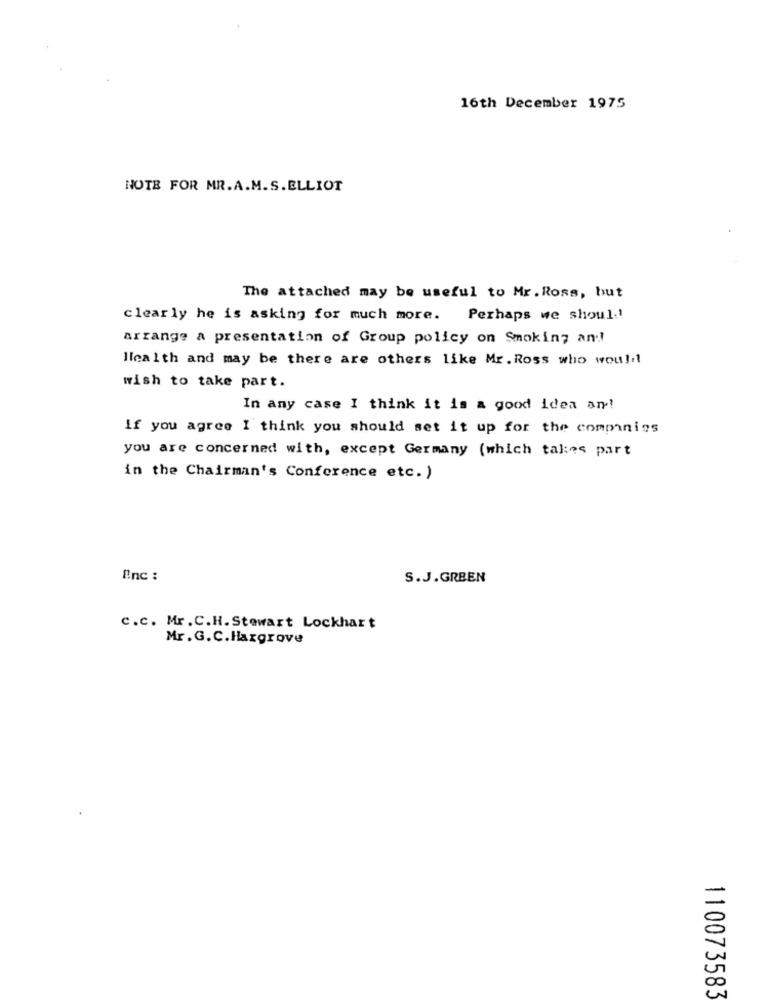
16th December 1975
NOTE FOR MR.A.M.S.ELLIOT
The attached may be useful to Mr. Ross, but
clearly he is asking for much more. Perhaps we should!
arrange a presentation of Group policy on Smoking and!
Health and may be there are others like Mr. Ross who would
wish to take part.
In any case I think it is a good idea an!
If you agree I think you should set it up for the companies
you are concerned with, except Germany (which takes part
in the Chairman's Conference etc. )
Enc :
S.J.GRBEN
c.c. Mr. C.H. Stewart Lockhart
Mr. G. C. Hargrove
110073583